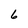
Character: 6